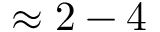
\approx 2 - 4